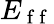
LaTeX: E_{\mathrm{~f~f~}}